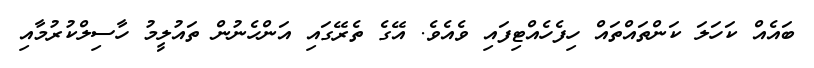
ބައެއް ކަހަލަ ކަންތައްތައް ހިފެހެއްޓިފައި ވެއެވެ. އޭގެ ތެރޭގައި އަންހެނުން ތައުލީމު ހާސިލްކުރުމާއި